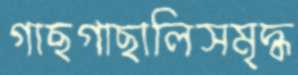
গাছগাছালিসমৃদ্ধ